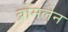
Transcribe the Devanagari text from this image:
ब्रोमलेन